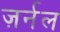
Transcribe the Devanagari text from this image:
ज़र्नल